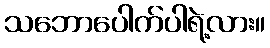
သဘောပေါက်ပါရဲ့လား။